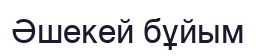
Әшекей бұйым